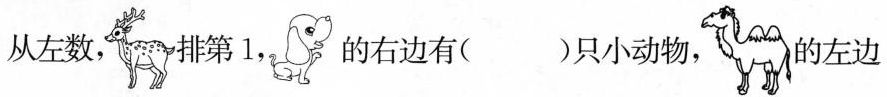
从左数， 排第1，的右边有( )只小动物， 的左边